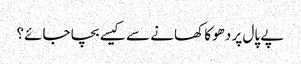
پے پال پر دھوکا کھانے سے کیسے بچا جائے؟